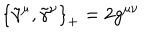
\left\{ { \tilde { \gamma } } ^ { \mu } , \tilde { \gamma } ^ { \nu } \right\} _ { + } = 2 g ^ { \mu \nu }